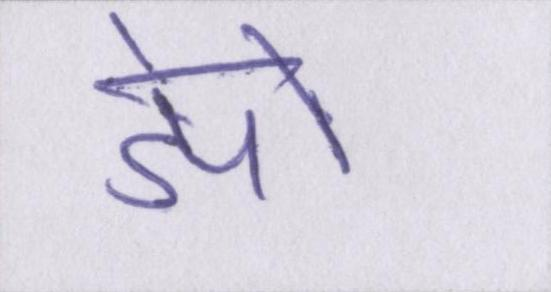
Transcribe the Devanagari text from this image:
डेपो